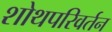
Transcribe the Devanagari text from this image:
शोथपरिवर्तन